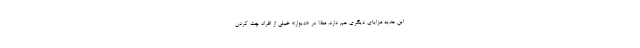
این هدیه مزایای دیگری هم دارد. مثلا در «دیوار» خیلی از افراد چت کردن